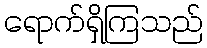
ရောက်ရှိကြသည်